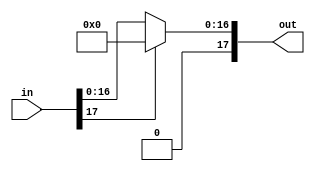
module relu(in,out);
input wire [17:0] in;
output wire [17:0] out;

wire sel=in[17];

assign out = !(sel) ? in : 18'b0;


endmodule